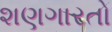
શણગારતો